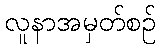
လူနာအမှတ်စဉ်